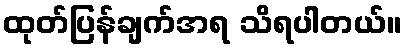
ထုတ်ပြန်ချက်အရ သိရပါတယ်။